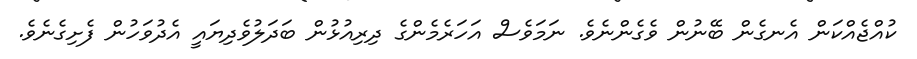
ކުއްޖެއްކަން އެނގެން ބޭނުން ވެގެންނެވެ. ނަމަވެސް އަހަރެމެންގެ ދިރިއުޅުން ބަދަލުވެދިޔައީ އެދުވަހުން ފެށިގެނެވެ.